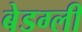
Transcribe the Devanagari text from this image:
बेडग्ली